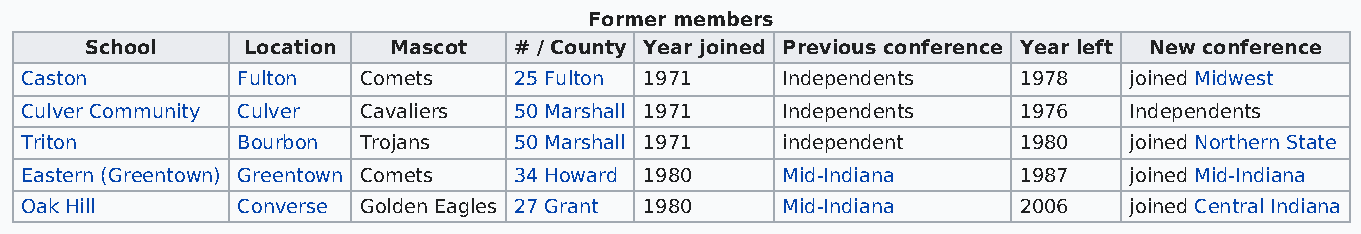
Former members
 School    Location  Mascot  # / County Year joined Previous conference Year left New conference
 Caston         Fulton  Comets    25 Fulton 1971    Independents   1978    joined Midwest
 Culver Community Culver Cavaliers 50 Marshall 1971 Independents   1976    Independents
 Triton         Bourbon Trojans   50 Marshall 1971  independent    1980    joined Northern State
 Eastern (Greentown) Greentown Comets 34 Howard 1980 Mid-Indiana   1987    joined Mid-Indiana
 Oak Hill       Converse Golden Eagles 27 Grant 1980 Mid-Indiana   2006    joined Central Indiana